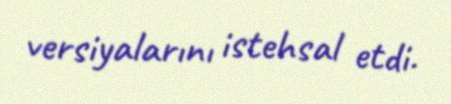
versiyalarını istehsal etdi.